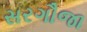
સરગૌજા